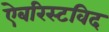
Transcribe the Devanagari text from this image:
ऐबरिस्टविद